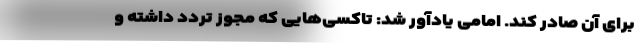
برای آن صادر کند. امامی یادآور شد: تاکسی‌هایی که مجوز تردد داشته و